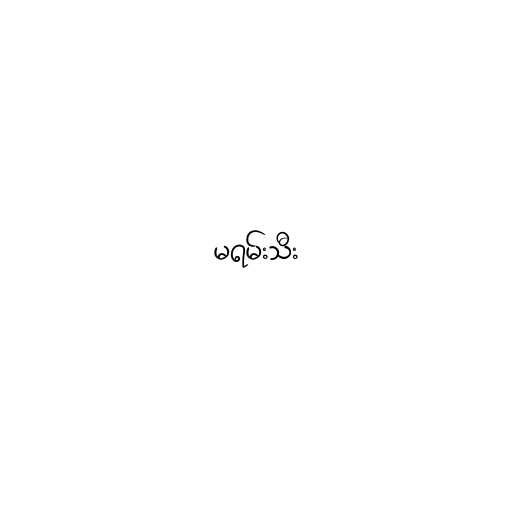
မရမ်းသီး